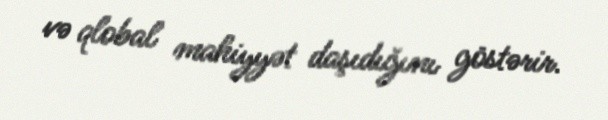
və qlobal mahiyyət daşıdığını göstərir.